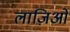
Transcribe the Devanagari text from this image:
लाज़िओ